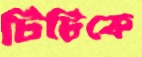
টিটিকে